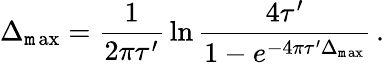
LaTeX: \Delta_{\operatorname*{\mathtt{m}ax}}={\frac{{1}}{{2\pi\tau^{\prime}}}}\ln{\frac{{4\tau^{\prime}}}{{1-e^{-4\pi\tau^{\prime}\Delta_{\operatorname*{\mathtt{m}ax}}}}}}\, .